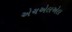
એચએલએલ